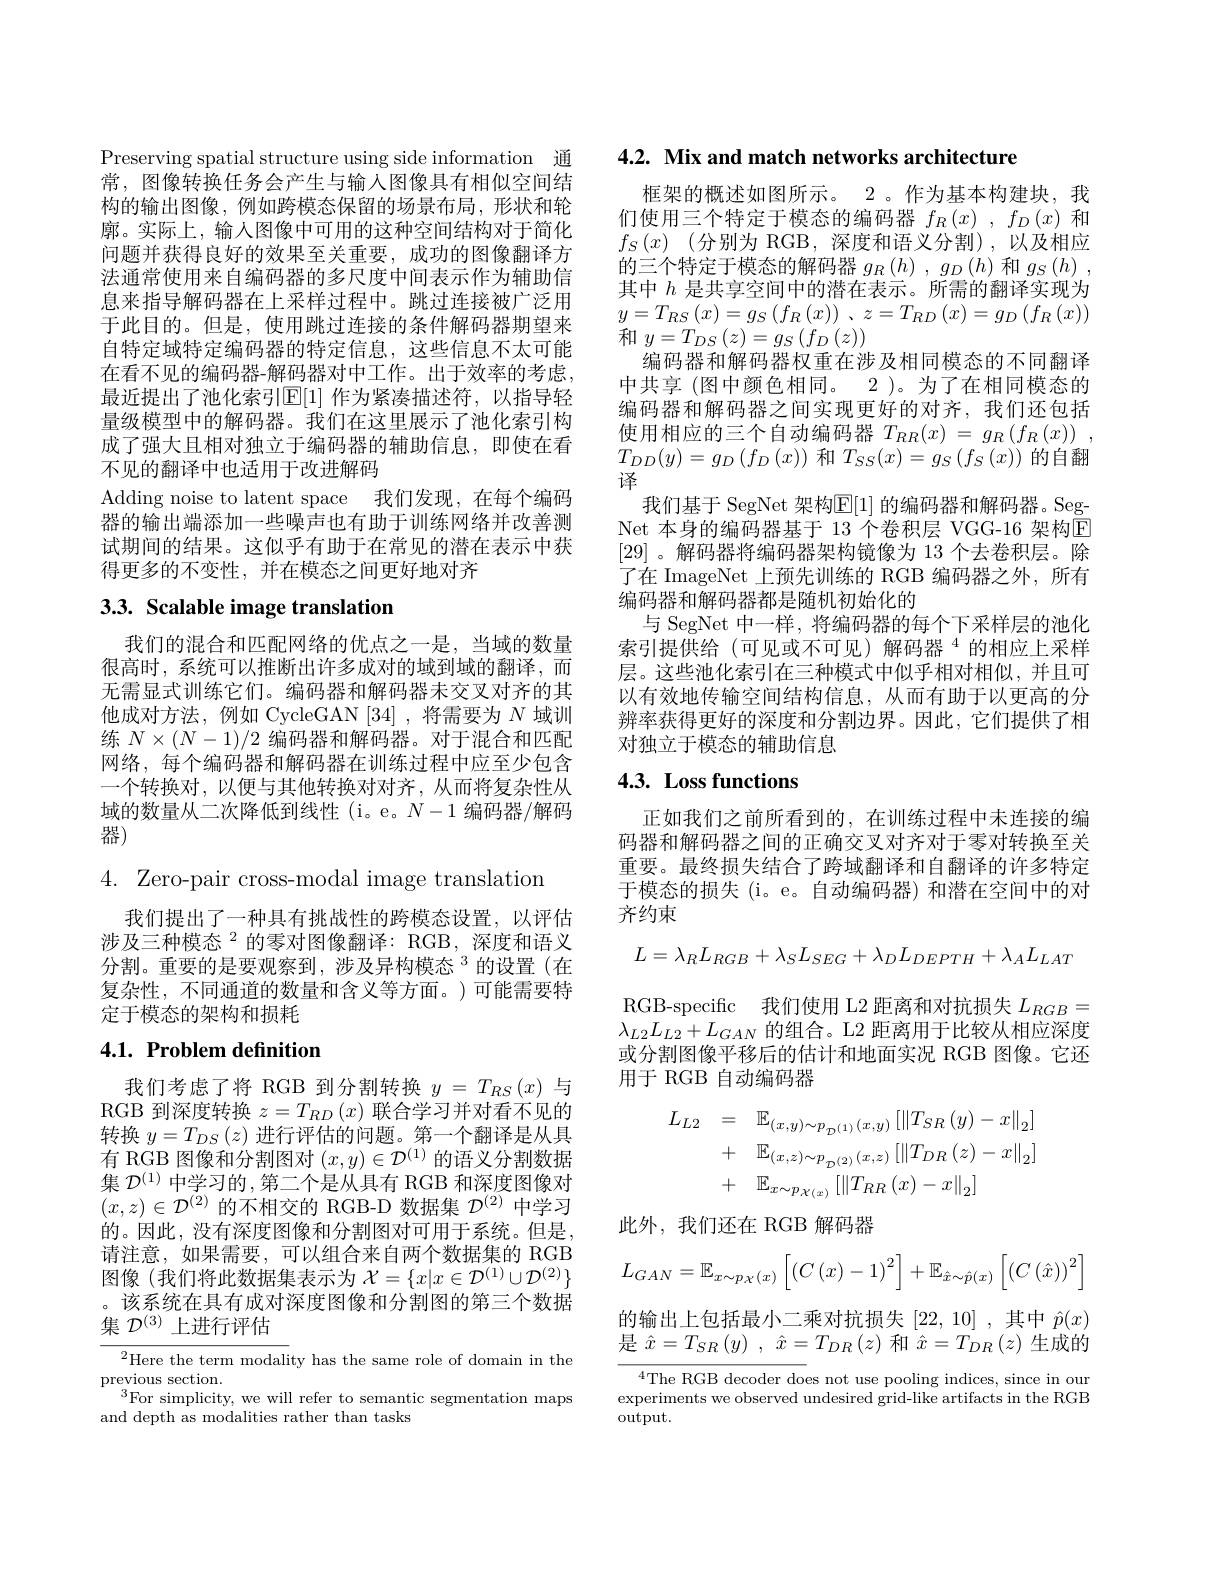
Preserving spatial structure using side information 通常，图像转换任务会产生与输入图像具有相似空间结构的输出图像，例如跨模态保留的场景布局，形状和轮廓。实际上，输人图像中可用的这种空间结构对于简化问题并获得良好的效果至关重要，成功的图像翻译方法通常使用来自编码器的多尺度中间表示作为辅助信息来指导解码器在上采样过程中。跳过连接被广泛用于此目的。但是，使用跳过连接的条件解码器期望来自特定域特定编码器的特定信息，这些信息不太可能在看不见的编码器-解码器对中工作。出于效率的考虑， 最近提出了池化索引$\mathbb{E}[1]$ 作为紧凑描述符，以指导轻量级模型中的解码器。我们在这里展示了池化索引构成了强大且相对独立于编码器的辅助信息，即使在看不见的翻译中也适用于改进解码
Adding noise to latent space 我们发现，在每个编码器的输出端添加一些噪声也有助于训练网络并改善测试期间的结果。这似乎有助于在常见的潜在表示中获得更多的不变性，并在模态之间更好地对齐

# 3.3. Scalable image translation

我们的混合和匹配网络的优点之一是，当域的数量很高时，系统可以推断出许多成对的域到域的翻译，而无需显式训练它们。编码器和解码器未交叉对齐的其他成对方法，例如 CycleGAN[34],将需要为$N$域训练$N\times(N-1)/2$编码器和解码器。对于混合和匹配网络，每个编码器和解码器在训练过程中应至少包含一个转换对，以便与其他转换对对齐，从而将复杂性从域的数量从二次降低到线性 (i。e。$N-1$编码器/解码器)
4. Zero-pair cross-modal image translation
我们提出了一种具有挑战性的跨模态设置，以评估涉及三种模态$^2$的零对图像翻译：RGB,深度和语义分割。重要的是要观察到，涉及异构模态$^{3}$的设置(在复杂性，不同通道的数量和含义等方面。)可能需要特定于模态的架构和损耗

# 4.1. Problem definition

我们考虑了将 RGB 到分割转换$y=T_{RS}(x)$与RGB 到深度转换$z=T_RD\left(x\right)$联合学习并对看不见的转换$y=T_{DS}\left(z\right)$进行评估的问题。第一个翻译是从具有 RGB 图像和分割图对$(x,y)\in\mathcal{D}^(1)$的语义分割数据集 $\mathcal{D}^{(1)}$ 中学习的，第二个是从具有 RGB 和深度图像对$(x,z)\in\mathcal{D}^{(2)}$的不相交的 RGB-D 数据集$\mathcal{D}^(2)$中学习的。因此，没有深度图像和分割图对可用于系统。但是， 请注意，如果需要，可以组合来自两个数据集的 RGB 图像(我们将此数据集表示为$\mathcal{X}=\{x|x\in\mathcal{D}^{(1)}\cup\mathcal{D}^{(2)}\}$ 。该系统在具有成对深度图像和分割图的第三个数据集$\mathcal{D}^{(3)}$上进行评估

$^{2}$Here the term modality has the same role of domain in the
$\underset{3}{\operatorname*{\text{previous section}}}$
$^{3}$For simplicity, we will refer to semantic segmentation maps
and depth as modalities rather than tasks

4.2. Mix and match networks architecture

框架的概述如图所示。2 。作为基本构建块，我们使用三个特定于模态的编码器$f_R\left(x\right),f_D\left(x\right)$和$f_S\left ( x\right )$ $\left ( \text{分 别 为 RGB, 深 度 和 语 义 分 割 ) , 以 及 相 应 }\right )$ 的三个特定于模态的解码器 $g_R\left(h\right),g_D\left(h\right)$和 $g_S\left(h\right)$, 其中$h$是共享空间中的潜在表示。所需的翻译实现为$y= T_{RS}\left ( x\right ) = g_{S}\left ( f_{R}\left ( x\right ) \right )$ , $z= T_{RD}\left ( x\right ) = g_{D}\left ( f_{R}\left ( x\right ) \right )$ 和$y=T_{DS}\left(z\right)=g_{S}\left(f_{D}\left(z\right)\right)$
编码器和解码器权重在涉及相同模态的不同翻译中共享 (图中颜色相同。2 )。为了在相同模态的编码器和解码器之间实现更好的对齐，我们还包括使用相应的三个自动编码器$T_{RR}( x)$ = $g_R\left ( f_R\left ( x\right ) \right )$ , $T_{DD}(y)=g_{D}\left(f_{D}\left(x\right)\right)$和$T_SS(x)=g_{S}\left(f_{S}\left(x\right)\right)$的自翻译
我们基于 SegNet 架构$\underline{\mathrm{E}}[1]$ 的编码器和解码器。SegNet 本身的编码器基于 13 个卷积层 VGG-16 架构$\mathbb{E}$ [29] 。解码器将编码器架构镜像为 13 个去卷积层。除了在 ImageNet 上预先训练的 RGB 编码器之外，所有编码器和解码器都是随机初始化的
与 SegNet 中一样，将编码器的每个下采样层的池化索引提供给(可见或不可见)解码器$^4$的相应上采样层。这些池化索引在三种模式中似乎相对相似，并且可以有效地传输空间结构信息，从而有助于以更高的分辨率获得更好的深度和分割边界。因此，它们提供了相对独立于模态的辅助信息

# 4.3. Loss functions

正如我们之前所看到的，在训练过程中未连接的编码器和解码器之间的正确交叉对齐对于零对转换至关重要。最终损失结合了跨域翻译和自翻译的许多特定于模态的损失(i。e。自动编码器) 和潜在空间中的对齐约束
$$L=\lambda_{R}L_{RGB}+\lambda_{S}L_{SEG}+\lambda_{D}L_{DEPTH}+\lambda_{A}L_{LAT}$$
RGB-specific 我们使用 L2 距离和对抗损失$L_{RGB}=$ $\lambda_{L2}L_{L2}+L_{GAN}$的组合。L2 距离用于比较从相应深度或分割图像平移后的估计和地面实况 RGB 图像。它还用于 RGB 自动编码器
$$\begin{aligned}L_{L2}&=\quad\mathbb{E}_{(x,y)\sim p_{\mathcal{D}^{(1)}}(x,y)}\left[\left\|T_{SR}\left(y\right)-x\right\|_{2}\right]\\&+\quad\mathbb{E}_{(x,z)\sim p_{\mathcal{D}^{(2)}}(x,z)}\left[\left\|T_{DR}\left(z\right)-x\right\|_{2}\right]\\&+\quad\mathbb{E}_{x\sim p_{\mathcal{X}(x)}}\left[\left\|T_{RR}\left(x\right)-x\right\|_{2}\right]\end{aligned}$$
此外，我们还在 RGB 解码器
$$L_{GAN}=\mathbb{E}_{x\sim p_{\mathcal{X}}(x)}\left[\left(C\left(x\right)-1\right)^{2}\right]+\mathbb{E}_{\hat{x}\sim\hat{p}(x)}\left[\left(C\left(\hat{x}\right)\right)^{2}\right]$$
的输出上包括最小二乘对抗损失[22,10],其中 $\hat{p}(x)$ 是$\hat{x} = T_{SR}\left ( y\right ) $, $\hat{x} = T_{DR}\left ( z\right )$和$\hat{x}=T_{DR}\left(z\right)$生成的

$^{4}$The RGB decoder does not use pooling indices, since in our experiments we observed undesired grid-like artifacts in the RGB output.